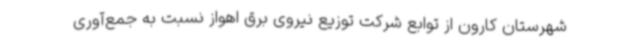
شهرستان کارون از توابع شرکت توزیع نیروی برق اهواز نسبت به جمع‌آوری